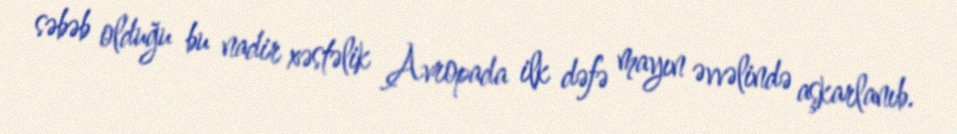
səbəb olduğu bu nadir xəstəlik Avropada ilk dəfə mayın əvvəlində aşkarlanıb.